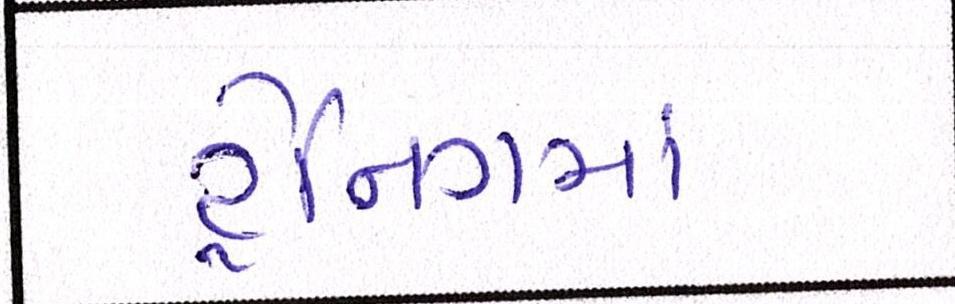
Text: ટ્રેનિગમા